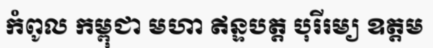
កំពូល កម្ពុជា មហា ឥន្ទបត្ត បុរីរម្យ ឧត្តម